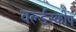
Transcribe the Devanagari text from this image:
वर्ल्डस्कोप